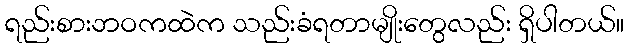
ရည်းစားဘဝကထဲက သည်းခံရတာမျိုးတွေလည်း ရှိပါတယ်။